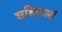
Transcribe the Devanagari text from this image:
घडियालों